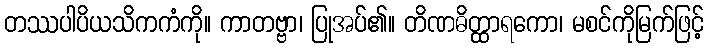
တဿပါပိယသိကကံကို။ ကာတဗ္ဗာ၊ ပြုအပ်၏။ တိဏဓိတ္ထာရကော၊ မစင်ကိုမြက်ဖြင့်